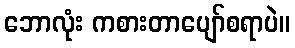
ဘောလုံး ကစားတာပျော်စရာပဲ။